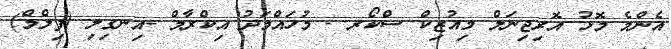
އެންމެ މޮޅު އޮރިޖިނަލް މިއުޒިކް ސްކޯރ - މުހައްމަދު އިކްރާމް -އިނގިލި (ފިލްމް)